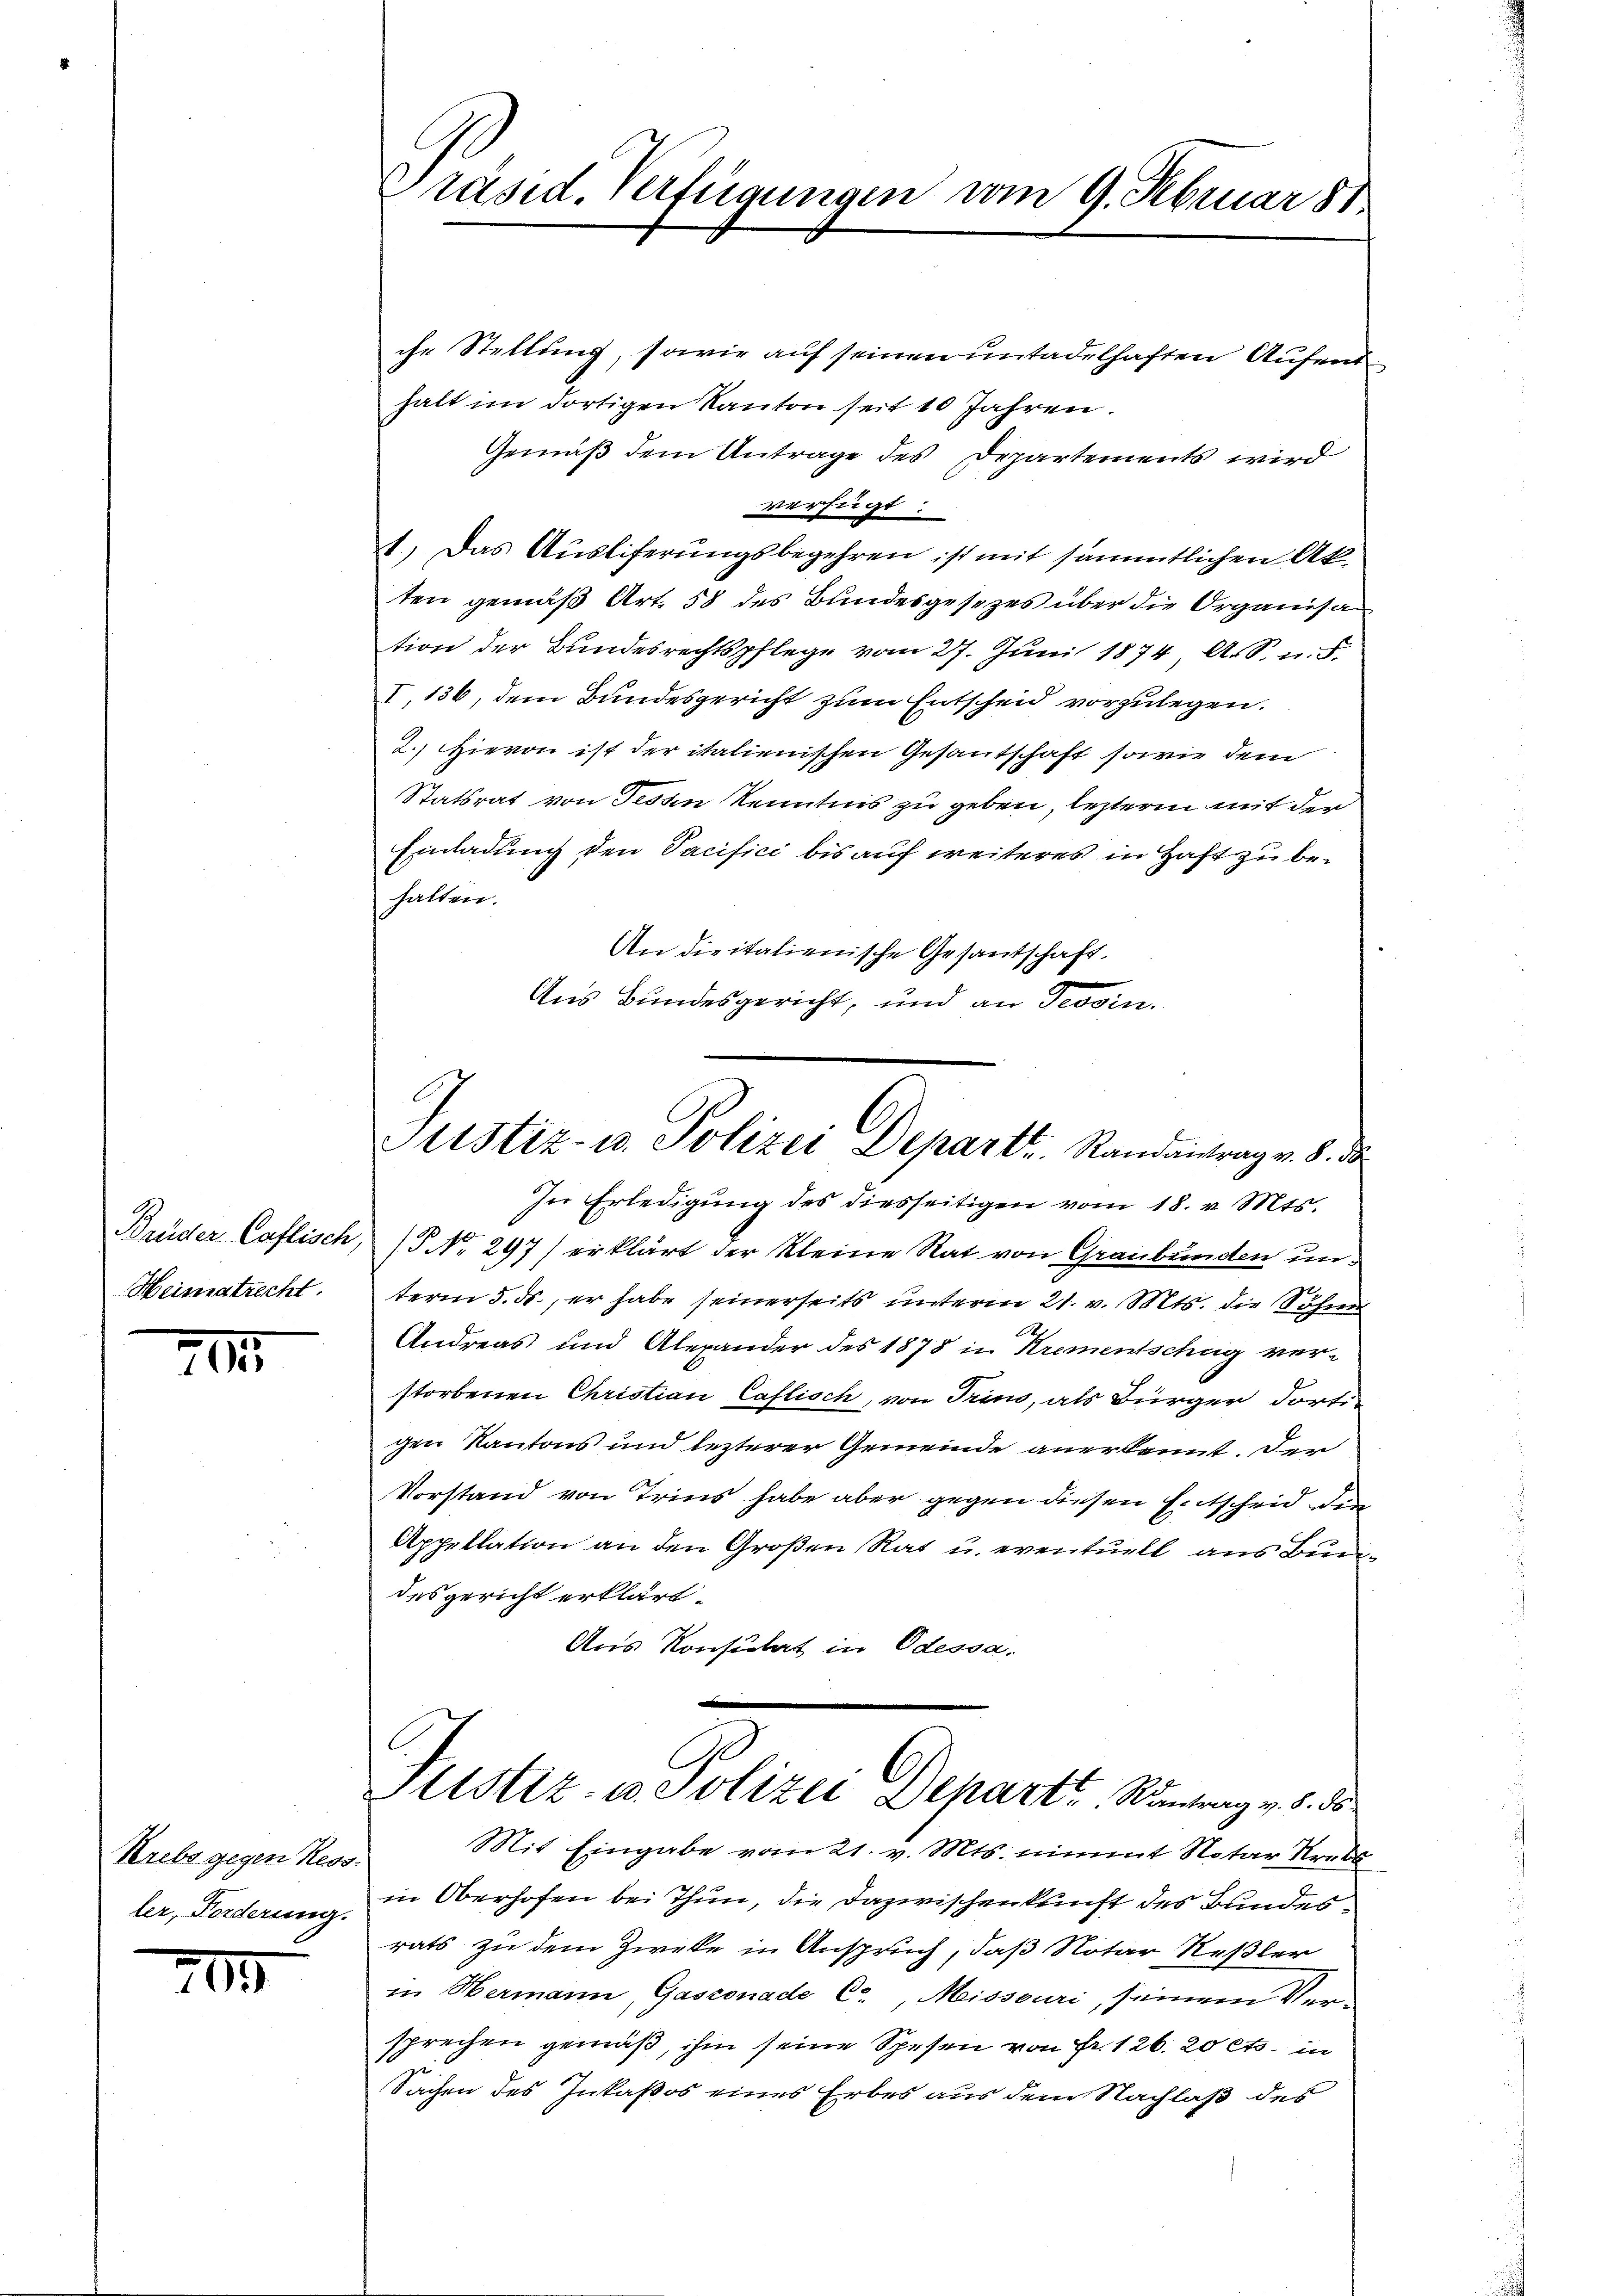
Brüder Caflisch,
Heimatrecht.

711.

Krebs gegen Reosler, Forderung.

705

Präsid. Verfügungen vom 9. Februar 181.

che Stellung, sowie auf seinen untadelhaften Aufenthalt im dortigen Kanton seit 10 Jahren.
Gemäß dem Antrage des Departements wird
verfügt:
1.) Das Ausliferungsbegehren ist mit sämmtlichen Ak
ten gemäß Art. 58 des Bundesgesezes über die Organisation der Bundesrechtspflege vom 27. Juni 1874, A. S. n. F.
I, 136, dem Bundesgericht zum Entscheid vorzulegen.
2.) Hievon ist der italienischen Gesantschaft sowie dem
Statsrat von Tessin Kenntnis zu geben, leztere mit der
Einladung den Tacifici bis auf weiteres in Haft zu behalten.
An die italienische Gesandschaft.
Aus Bundesgericht, und an Tessin.

Justiz- u. Polizei Departe. Randantrag v. 8. de

In Erledigŭng des diesseitigen vom 18. v. Mts.
/ No. 297) erklärt der kleine Rat von Graubünden unterm 5. ds., er habe seinerseits unterm 21. v. Mts. die Söhne
6
Andreas und Alexander des 1878 in Krementschag ver-
storbenen Christian Caflisch, von Trin, als Bürger dortigen Kantons und lezterer Gemeinde anerkennt. Der
Vorstand von Tries habe aber gegen diesen Entscheid der
Appellation an den Großen Rat u. eventuell aus Bundesgericht erklärt.
Aus Konsulat in Odessa.
Justiz in Polizei Departe Rindung v. d. d
Mit Eingabe vom 21. v. Mts. nimmt Notar Krank
in Oberhofen bei Thun, die Dazwischenkunft des Bundesrats zu dem Zirke in Anspruch, daß Notar Neßler
in Hermann, Gasconade C. Missouri, seinem Versprechen gemäß, ihm seine Spesen von Fr. 126. 20 cts. in
Sachen des Inkassos eines Erbes aus dem Nachlaß des